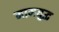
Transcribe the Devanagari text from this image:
नामयुद्ध